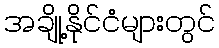
အချို့နိုင်ငံများတွင်